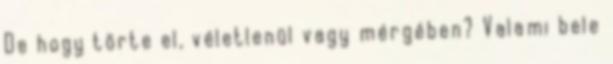
De hogy törte el, véletlenül vagy mérgében? Valami bele